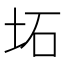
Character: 坧